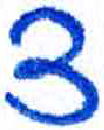
אות: צ